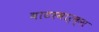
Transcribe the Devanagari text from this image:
वाटरमार्क्स